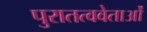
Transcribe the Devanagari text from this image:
पुरातत्ववेताओं